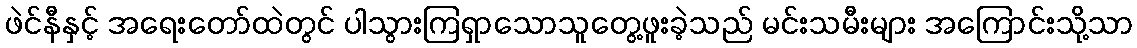
ဖဲင်နီနှင့် အရေးတော်ထဲတွင် ပါသွားကြရှာသောသူတွေ့ဖူးခဲ့သည် မင်းသမီးများ အကြောင်းသို့သာ